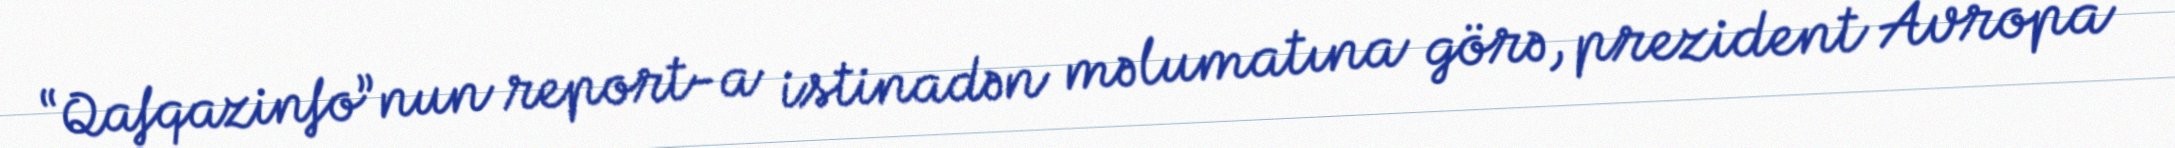
“Qafqazinfo”nun report-a istinadən məlumatına görə, prezident Avropa